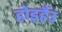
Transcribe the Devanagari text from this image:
होइहैंउ